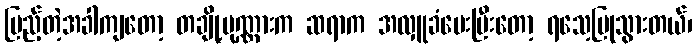
ပြည့်တဲ့အခါကျတော့ တချို့ပုဏ္ဏားက ဆရာက အလှူခံပေးပြီးတော့ ရသေ့ပြုသွားတယ်၊